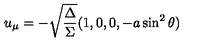
u _ { \mu } = - \sqrt { \frac { \Delta } { \Sigma } } ( 1 , 0 , 0 , - a \sin ^ { 2 } \theta )